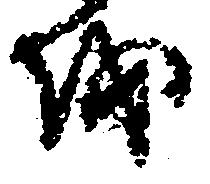
を